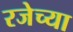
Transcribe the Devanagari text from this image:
रजेच्या